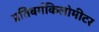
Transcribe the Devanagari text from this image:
प्रतिवर्गकिलोमीटर